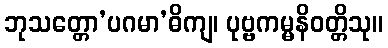
ဘုသတ္တော’ပဂမာ’ဓိကျ၊ ပုဗ္ဗကမ္မနိဝတ္တိသု။